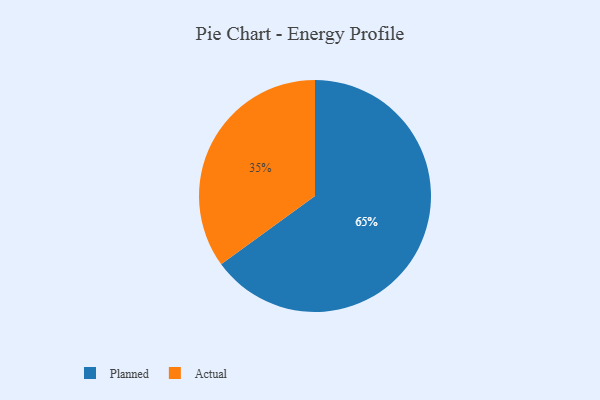
{"axis": {"x": "Category", "y": "Percentage"}, "legend": ["Actual", "Planned"], "data": [{"x": "Planned", "y": 65, "type": "Planned"}, {"x": "Actual", "y": 35, "type": "Actual"}]}